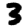
Digit: 3